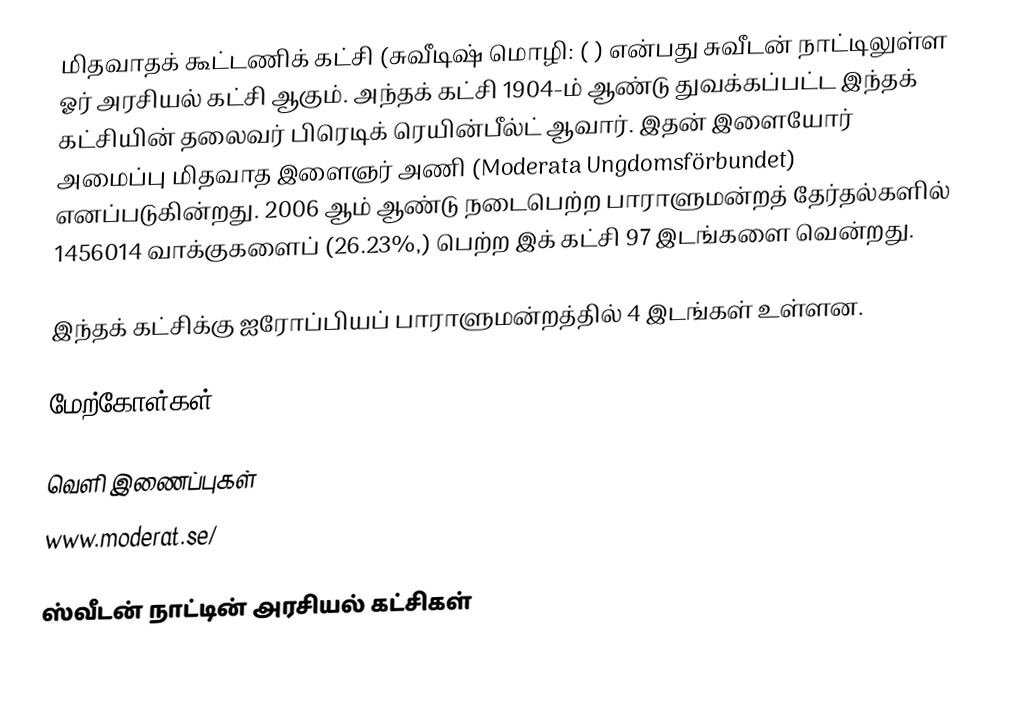
மிதவாதக் கூட்டணிக் கட்சி (சுவீடிஷ் மொழி: ( ) என்பது சுவீடன் நாட்டிலுள்ள ஓர் அரசியல் கட்சி ஆகும். அந்தக் கட்சி 1904-ம் ஆண்டு துவக்கப்பட்ட இந்தக் கட்சியின் தலைவர் பிரெடிக் ரெயின்பீல்ட் ஆவார். இதன் இளையோர் அமைப்பு மிதவாத இளைஞர் அணி (Moderata Ungdomsförbundet) எனப்படுகின்றது. 2006 ஆம் ஆண்டு நடைபெற்ற பாராளுமன்றத் தேர்தல்களில் 1456014 வாக்குகளைப் (26.23%,) பெற்ற இக் கட்சி 97 இடங்களை வென்றது.

இந்தக் கட்சிக்கு ஐரோப்பியப் பாராளுமன்றத்தில் 4 இடங்கள் உள்ளன.

மேற்கோள்கள்

வெளி இணைப்புகள்
 www.moderat.se/

ஸ்வீடன் நாட்டின் அரசியல் கட்சிகள்